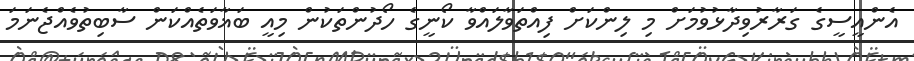
އެންއީސީގެ ގަރާރުވިދާޅުވުމަށް މި ލިންކަށް ފިއްތަވާލައްވާ ކޯނީގެ ހޯދުންތަކުން މިއީ ބަޣާވަތެއްކަން ސާބިތުވެއްޖެނަމަ